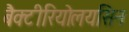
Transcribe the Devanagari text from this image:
बैक्टीरियोलयसिन